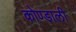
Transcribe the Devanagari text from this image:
कोण्डाली